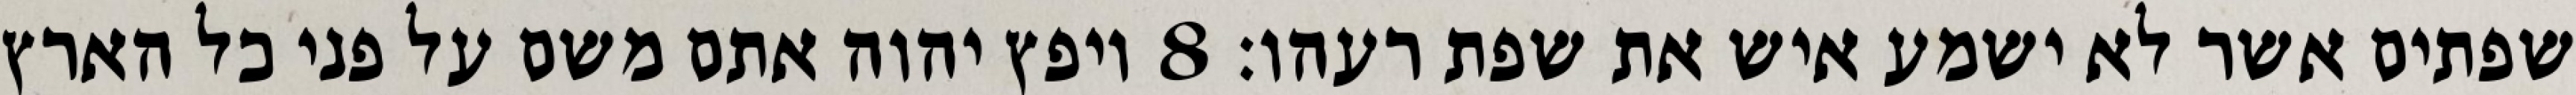
שפתים אשר לא ישמע איש את שפת רעהו׃ ‎8‏ ויפץ יהוה אתם משם על פני כל הארץ